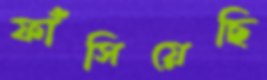
ফাঁসিয়েছি